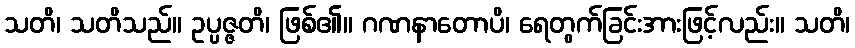
သတိ၊ သတိသည်။ ဥပ္ပဇ္ဇတိ၊ ဖြစ်၏။ ဂဏနာတောပိ၊ ရေတွက်ခြင်းအားဖြင့်လည်း။ သတိ၊